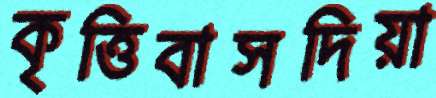
কৃত্তিবাসদিয়া